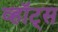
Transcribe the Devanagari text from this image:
व्हॉट्स